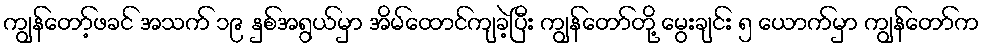
ကျွန်တော့်ဖခင် အသက် ၁၉ နှစ်အရွယ်မှာ အိမ်ထောင်ကျခဲ့ပြီး ကျွန်တော်တို့ မွေးချင်း ၅ ယောက်မှာ ကျွန်တော်က